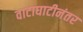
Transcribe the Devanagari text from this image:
वाटाघाटीनंतर